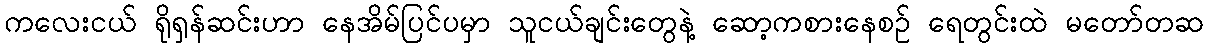
ကလေးငယ် ရိုရှန်ဆင်းဟာ နေအိမ်ပြင်ပမှာ သူငယ်ချင်းတွေနဲ့ ဆော့ကစားနေစဉ် ရေတွင်းထဲ မတော်တဆ